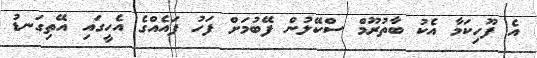
އެ ފޫހިކަމާ އެކު ބާތުރޫމް ސްކޭލުން ފޭބުމަށް ފަހު ފައެއްގެ އެހީގައި އޭތިގަނޑު